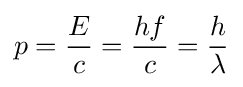
p={E \over c}={hf \over c}={h \over \lambda }